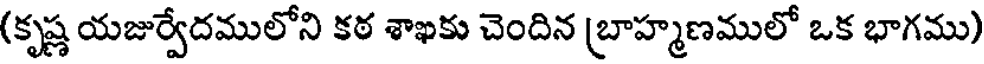
(కృష్ణ యజుర్వేదములోని కఠ శాఖకు చెందిన (బాహ్మణములో ఒక భాగము)